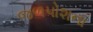
જળપોશના